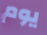
يوم